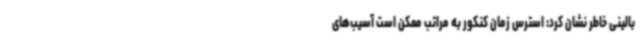
بالینی خاطر نشان کرد: استرس زمان کنکور به مراتب ممکن است آسیب‌های